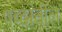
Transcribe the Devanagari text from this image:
षब्दांतील